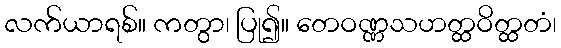
လက်ယာရစ်။ ကတွာ၊ ပြု၍။ တေဝဏ္ဏသဟတ္ထဝိတ္ထတံ၊